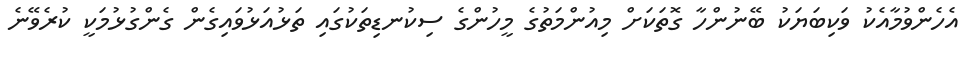
އެހެންވުމާއެކު ވަކިބަޔަކު ބޭނުންހާ ގޮތަކަށް މިއުންމަތުގެ މީހުންގެ ސިކުނޑިތަކުގައި ތަޅުއަޅުވައިގެން ގެންގުޅުމަކީ ކުރެވޭނެ